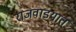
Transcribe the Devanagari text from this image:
राजवाडयात